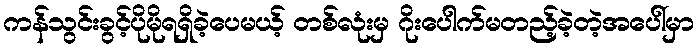
ကန်သွင်းခွင့်ပိုမိုရရှိခဲ့ပေမယ့် တစ်လုံးမှ ဂိုးပေါက်မတည့်ခဲ့တဲ့အပေါ်မှာ